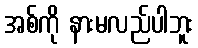
အစ်ကို နားမလည်ပါဘူး